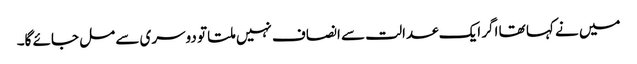
میں نے کہا تھا اگر ایک عدالت سے انصاف نہیں ملتا تو دوسری سے مل جائے گا۔